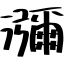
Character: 瀰